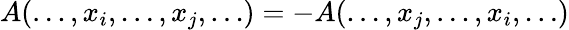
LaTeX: A(\ldots,x_{i},\ldots,x_{j},\ldots)=-A(\ldots,x_{j},\ldots,x_{i},\ldots)